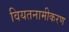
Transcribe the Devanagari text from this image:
वियतनामीकरण